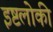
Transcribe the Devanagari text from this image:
इष्टलोकी